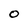
Character: 0